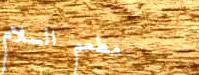
مطعم السلام